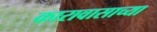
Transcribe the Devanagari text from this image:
कारावासाच्या